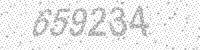
Solution: 659234